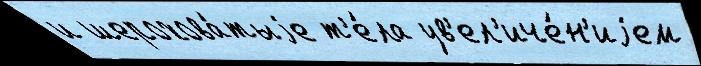
и шерохова́тыjе т'е́ла ув'ел'иче́н'иjем